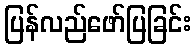
ပြန်လည်ဖော်ပြခြင်း